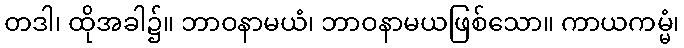
တဒါ၊ ထိုအခါ၌။ ဘာဝနာမယံ၊ ဘာဝနာမယဖြစ်သော။ ကာယကမ္မံ၊